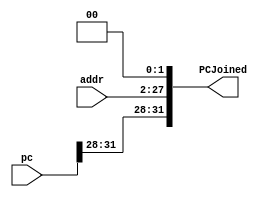
`timescale 1ns / 1ps
//////////////////////////////////////////////////////////////////////////////////
// Company: 
// Engineer: 
// 
// Design Name: 
// Module Name: PC_Join
// Project Name: 
// Target Devices: 
// Tool Versions: 
// Description: 
// 
// Dependencies: 
// 
// Revision:
// Revision 0.01 - File Created
// Additional Comments:
// 
//////////////////////////////////////////////////////////////////////////////////


module PC_Join(
	input [31:0]pc,
	input [25:0]addr,
	output reg[31:0]PCJoined
	);
	
	always @(addr) begin
		PCJoined <= {pc[31:28], addr, 2'b00};
	end
endmodule